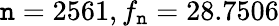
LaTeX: \mathtt{n}=2561,f_{\mathtt{n}}=28.7506